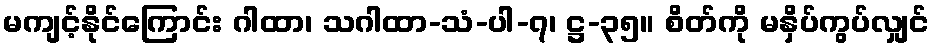
မကျင့်နိုင်ကြောင်း ဂါထာ၊ သဂါထာ-သံ-ပါ-၇၊ ဋ္ဌ-၃၅။ စိတ်ကို မနှိပ်ကွပ်လျှင်